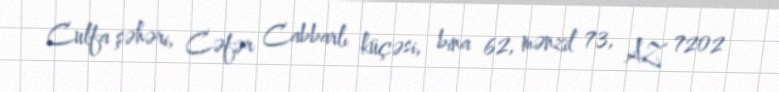
Culfa şəhəri, Cəfər Cabbarlı küçəsi, bina 62, mənzil 73, AZ 7202